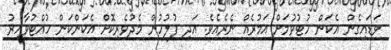
ވަޑައިގެން އެކަން ހުޓުވުމަށް އަމުރެއް ނެރެއެވެ. އަދި ފުލުހުން މެދުވެރިކޮށް އެކަންކަން ހުއްޓުވާއިރު